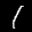
Label: 1